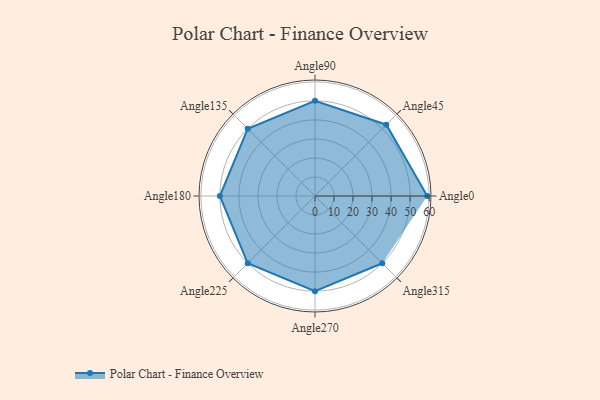
{"axis": {"x": "Angle", "y": "Radius"}, "legend": [""], "data": [{"x": "Angle0", "y": 59.0, "type": ""}, {"x": "Angle45", "y": 53.0, "type": ""}, {"x": "Angle90", "y": 50, "type": ""}, {"x": "Angle135", "y": 50, "type": ""}, {"x": "Angle180", "y": 50, "type": ""}, {"x": "Angle225", "y": 50, "type": ""}, {"x": "Angle270", "y": 50, "type": ""}, {"x": "Angle315", "y": 50, "type": ""}]}